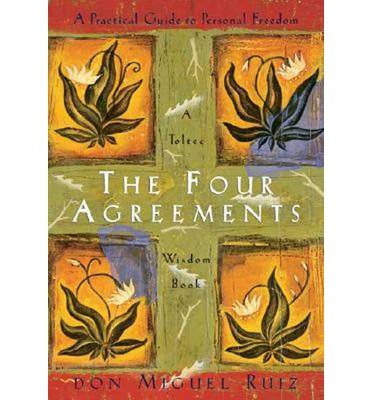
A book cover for The Four Agreements: A Practical Guide to Personal Freedom a Toltec Wisdom Book; Don Miguel Ruiz; Politics & Social Sciences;